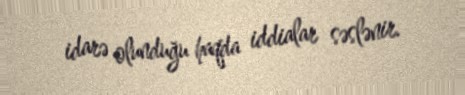
idarə olunduğu haqda iddialar səslənir.